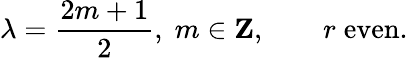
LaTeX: \lambda={\frac{2m+1}{2}},\; m\in{\mathbf Z},\qquad r\; \mathrm{even}.